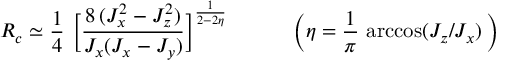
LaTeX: R _ { c } \simeq \frac { 1 } { 4 } \ \bigg [ \frac { 8 \, ( J _ { x } ^ { 2 } - J _ { z } ^ { 2 } ) } { J _ { x } ( J _ { x } - J _ { y } ) } \bigg ] ^ { \frac { 1 } { 2 - 2 \eta } } \, \quad \qquad \Big ( \eta = \frac { 1 } { \pi } \, \operatorname { a r c c o s } ( J _ { z } / J _ { x } ) \, \Big )